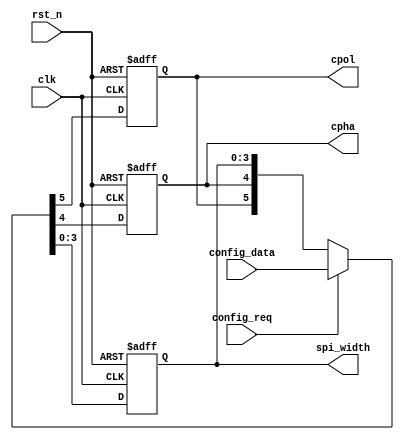
module spi_config #(
	parameter SPI_MAX_WIDTH_LOG = 4
)(
	input clk,    // Clock
	input rst_n,  // Asynchronous reset active low

	input config_req,
	input [SPI_MAX_WIDTH_LOG + 1:0]config_data,

	output reg cpol,
	output reg cpha,
	output reg [SPI_MAX_WIDTH_LOG - 1:0]spi_width
);

always @(posedge clk or negedge rst_n) begin
	if(~rst_n) begin
		{cpol,cpha,spi_width} <= 'b0;
	end else if(config_req) begin
		{cpol,cpha,spi_width} <= config_data;
	end else begin
		{cpol,cpha,spi_width} <= {cpol,cpha,spi_width};
	end
end

endmodule